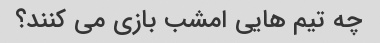
چه تیم هایی امشب بازی می کنند؟